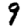
Digit: 9